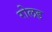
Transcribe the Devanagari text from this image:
रोलड